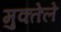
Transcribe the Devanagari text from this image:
मुक्तेले